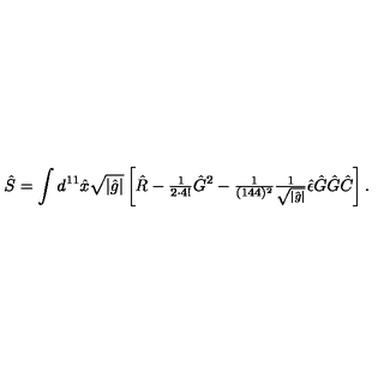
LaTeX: \hat { S } = \int d ^ { 1 1 } \hat { x } \sqrt { | \hat { g } | } \left[ \hat { R } - { \textstyle \frac { 1 } { 2 \cdot 4 ! } } \hat { G } { } ^ { 2 } - { \textstyle \frac { 1 } { ( 1 4 4 ) ^ { 2 } } } { \textstyle \frac { 1 } { \sqrt { | \hat { g } | } } } \hat { \epsilon } \hat { G } \hat { G } \hat { C } \right] .